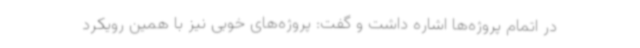
در اتمام پروژه‌ها اشاره داشت و گفت: پروژه‌های خوبی نیز با همین رویکرد